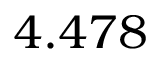
4 . 4 7 8